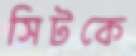
সিটকে